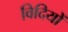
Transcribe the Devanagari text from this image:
विदियों